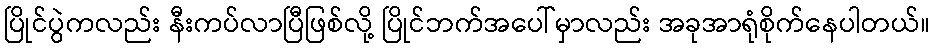
ပြိုင်ပွဲကလည်း နီးကပ်လာပြီဖြစ်လို့ ပြိုင်ဘက်အပေါ်မှာလည်း အခုအာရုံစိုက်နေပါတယ်။